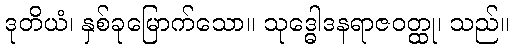
ဒုတိယံ၊ နှစ်ခုမြောက်သော။ သုဒ္ဓေါဒနရာဇဝတ္ထု၊ သည်။